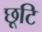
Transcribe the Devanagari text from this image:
छूटि